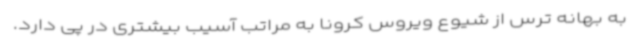
به بهانه ترس از شیوع ویروس کرونا به مراتب آسیب بیشتری در پی دارد.